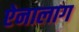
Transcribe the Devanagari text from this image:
ऐनालाग